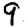
Digit: 9